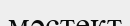
мәстект